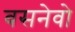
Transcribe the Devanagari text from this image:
बसनेवो